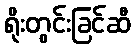
ရိုးတွင်းခြင်ဆီ